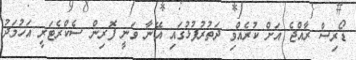
ޑޯރިސް ރާއްޖެ އަށް ކުރެއްވި ދަތުރުފުޅުގައި އޭނާ ވަނީ ފޮރިން ސެކްރެޓަރީ އަހުމަދު